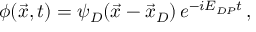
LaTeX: \phi ( \vec { x } , t ) = \psi _ { D } ( \vec { x } - \vec { x } _ { D } ) \, e ^ { - i E _ { D P } t } \, ,